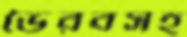
ভৈরবসহ